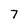
Character: 7